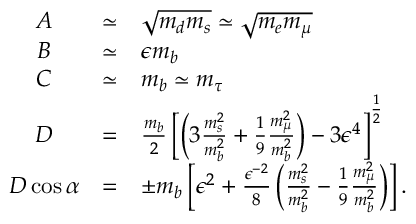
\begin{array} { c c l } { { A } } & { { \simeq } } & { { \sqrt { m _ { d } m _ { s } } \simeq \sqrt { m _ { e } m _ { \mu } } \nonumber \strut } } \\ { { B } } & { { \simeq } } & { { \epsilon m _ { b } \nonumber \strut } } \\ { { C } } & { { \simeq } } & { { m _ { b } \simeq m _ { \tau } \nonumber \strut } } \\ { { D } } & { { = } } & { { \frac { m _ { b } } { 2 } \left[ \left( 3 \frac { m _ { s } ^ { 2 } } { m _ { b } ^ { 2 } } + \frac { 1 } { 9 } \frac { m _ { \mu } ^ { 2 } } { m _ { b } ^ { 2 } } \right) - 3 \epsilon ^ { 4 } \right] ^ { \frac { 1 } { 2 } } \nonumber \strut } } \\ { { D \cos \alpha } } & { { = } } & { { \pm m _ { b } \left[ \epsilon ^ { 2 } + \frac { \epsilon ^ { - 2 } } { 8 } \left( \frac { m _ { s } ^ { 2 } } { m _ { b } ^ { 2 } } - \frac { 1 } { 9 } \frac { m _ { \mu } ^ { 2 } } { m _ { b } ^ { 2 } } \right) \right] . } } \end{array}